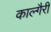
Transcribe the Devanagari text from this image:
काल्गैरी